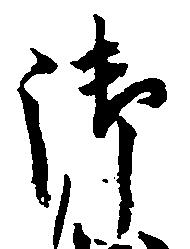
御